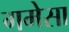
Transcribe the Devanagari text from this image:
गमेसा